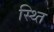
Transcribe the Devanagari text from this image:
स्थ्‍ति